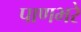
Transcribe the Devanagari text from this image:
पाणभरे